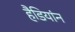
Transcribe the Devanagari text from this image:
हैडियांन